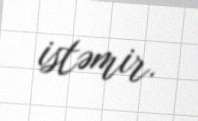
istəmir.